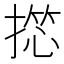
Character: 𢱶